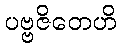
ပဗ္ဗဇိတေဟိ